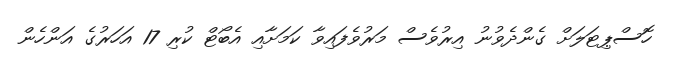
ހޮސްޕިޓަލަށް ގެންދެވުނު އިރުވެސް މަރުވެފައިވާ ކަމަށާއި އެބޯޓް ކުރި 17 އަހަރުގެ އަންހެން